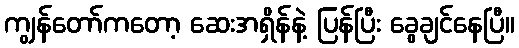
ကျွန်တော်ကတော့ ဆေးအရှိန်နဲ့ ပြန်ပြီး ခွေချင်နေပြီ။